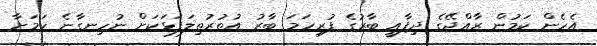
އެހެން ކަމުން ރާއްޖޭގެ ދިފާއީ ބާރުގެ ފުރިހަމަ ބާރު އުތުރުތިލަފަޅަކަށް ނުހިނގާނެ ކަމަށާ